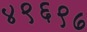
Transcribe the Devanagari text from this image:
४९६९७